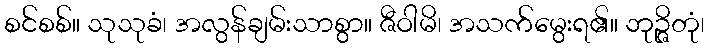
စင်စစ်။ သုသုခံ၊ အလွန်ချမ်းသာစွာ။ ဇီဝါမိ၊ အသက်မွေးရ၏။ ဘုဉ္ဇိတုံ၊